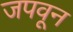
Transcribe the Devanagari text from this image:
जपवून